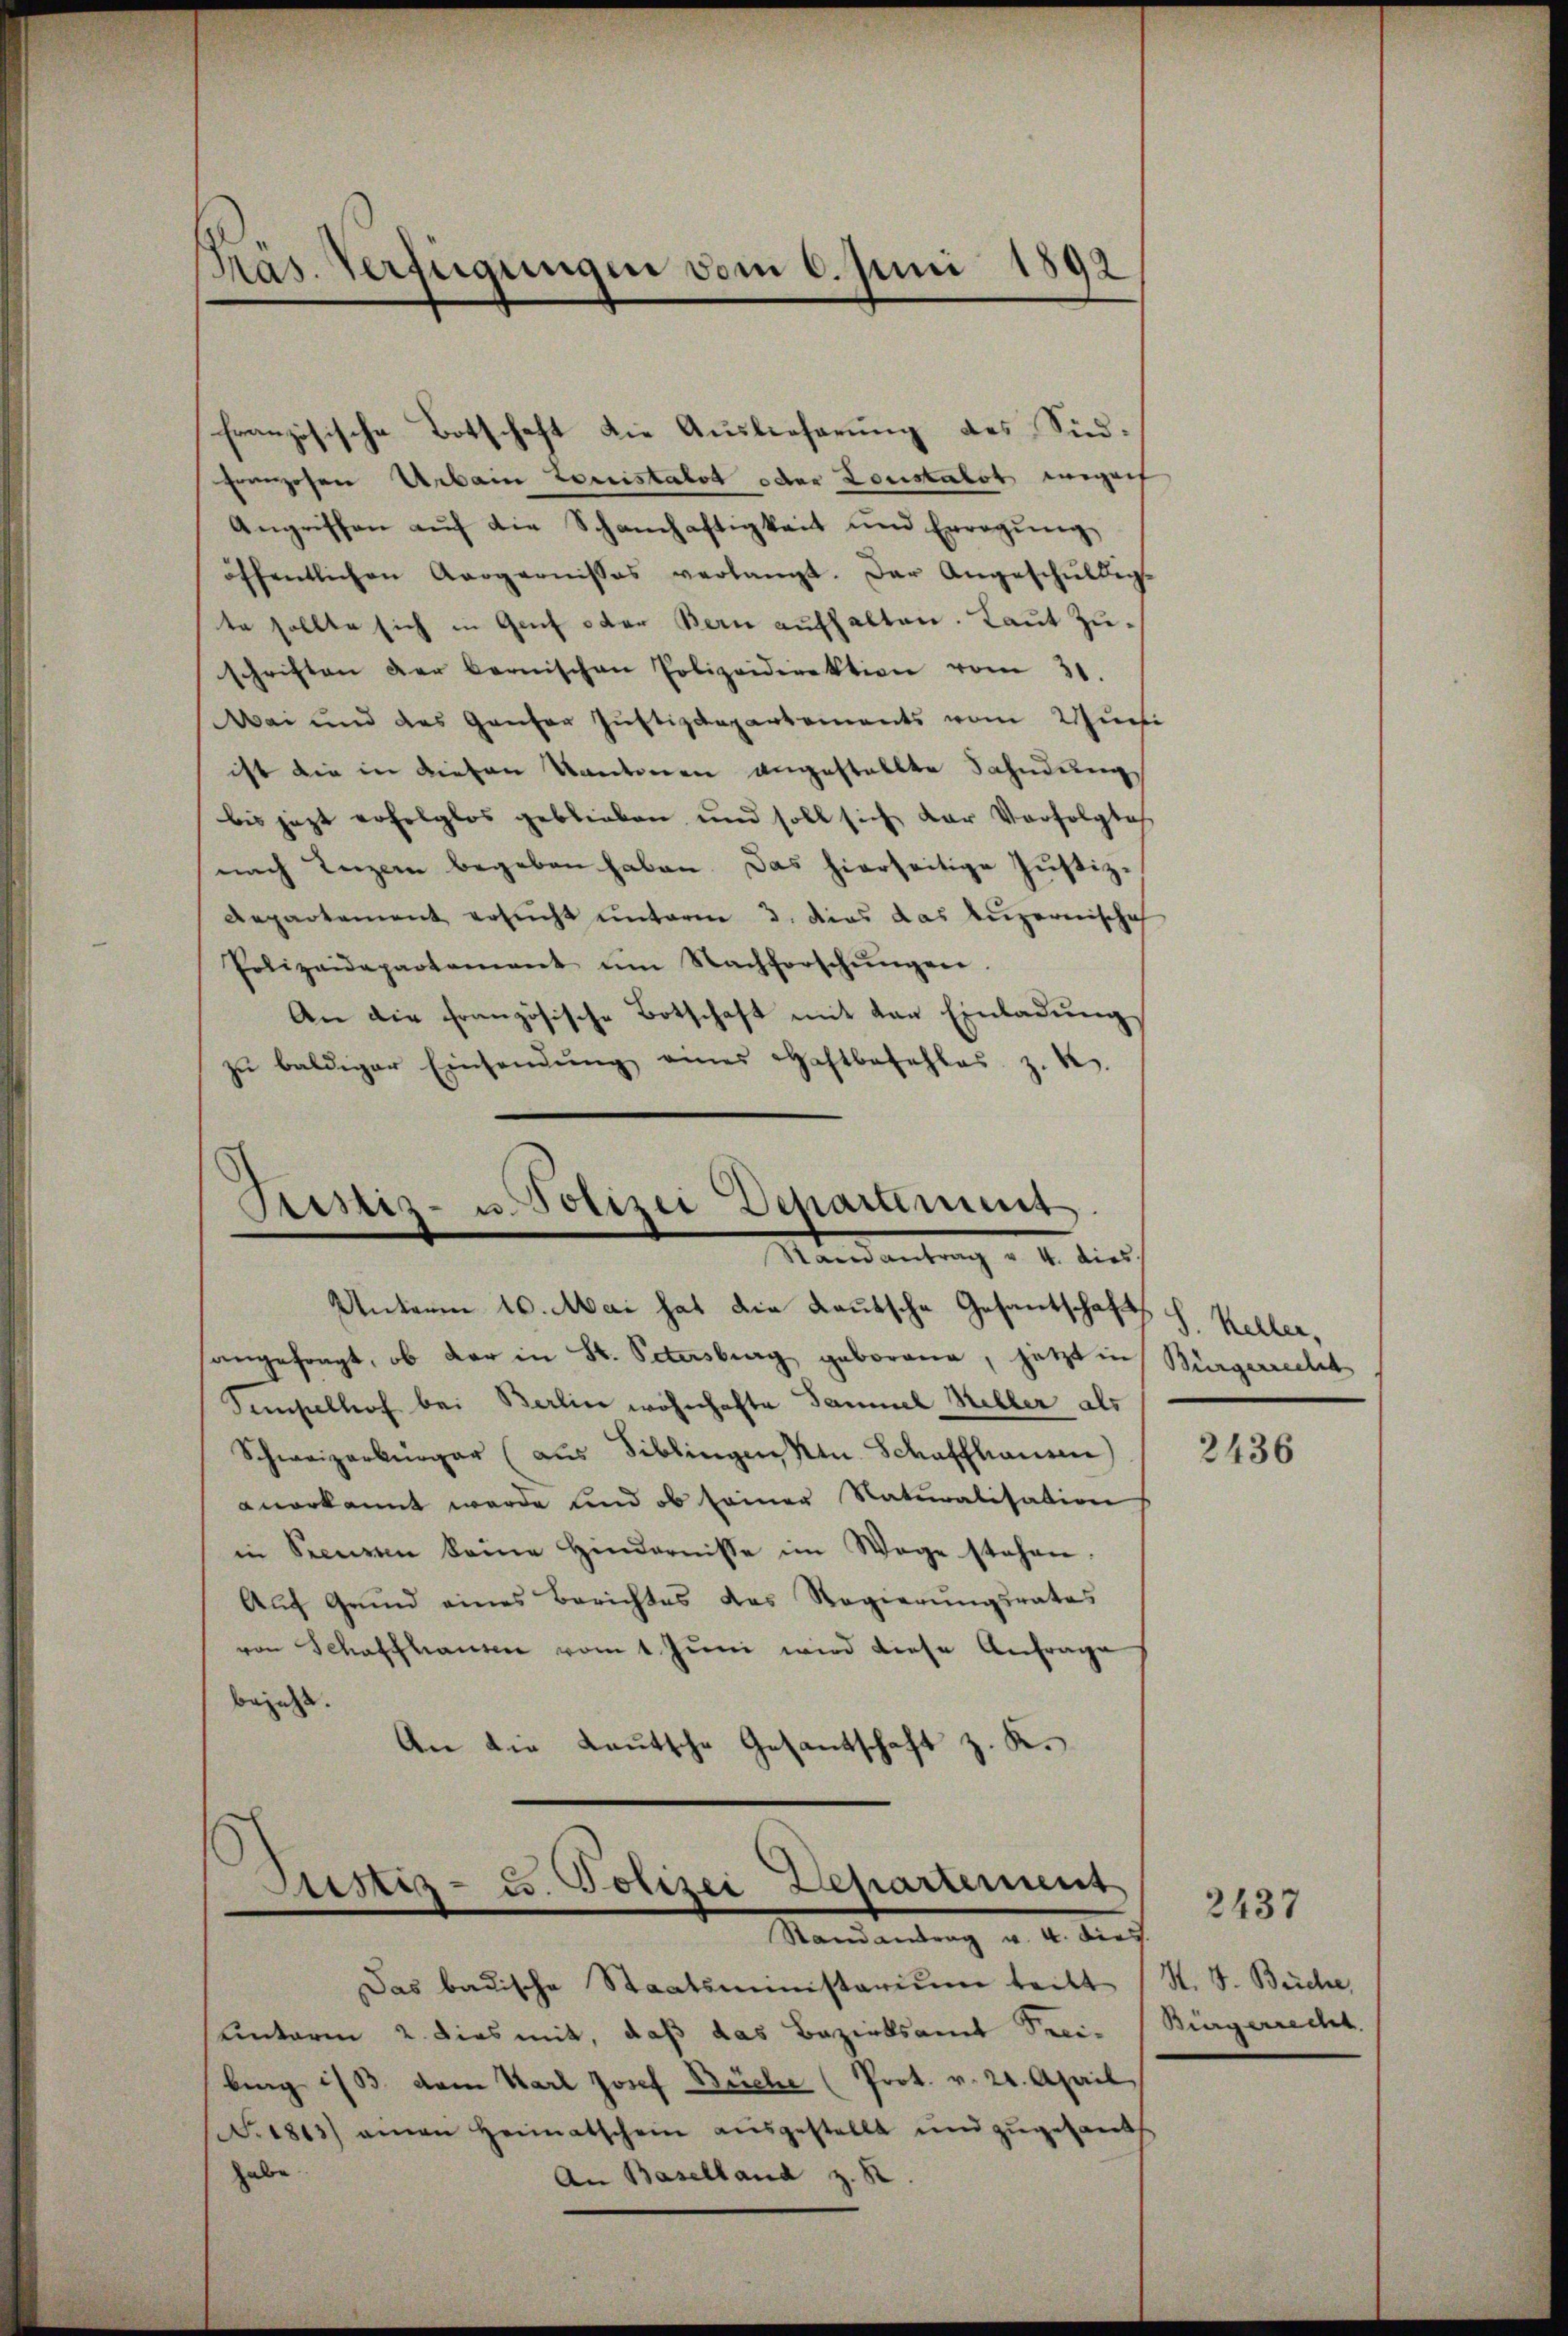
Präs. Verfügungen vom 6. Juni 1892

französische Botschaft die Auslieferung des Südfranzosen Urbain Louistalt oder Louistalt wegech
Angriffen auf die Schanhaftigkeit und Erregung,
öffentlichen Aargarnisses verlangt. Der Angeschŭldigt
te sollte sich in Genf oder Bern aufhalten. Laut Zuschriften der bernischen Polizeidirektion vom 31.
ei und das Ganter Justizdepartements vom Wuchi
ist die in diesen Kantonen angestellte Fahndung
bis jezt erfolglos geblieben, und soll sich der Verfolgtes
nach Lenzen begeben haben. Das hierseitige Justiz¬
Repartement ersucht unterm 3. dies das Luzernischeh
Polizeidepartement im Nachforschŭngen.
An die Französische Botschaft mit den Einladung
zŭ baldiger Einsendŭng eines Haftbefehles z. B.

Testiz- u. Polizei Departiment.
Stainantrag v. 4. dies

Unterm 10. Mai hat die Kautsche Gesantschafts h. Keller,
angefragt, ob der in St. Petersburg geborene, jetzt in Bürgerrecht
Sempellos bei Berlin wohnhafte Samuel Keller als
Schweizerbürger (aus Biblingen Ktn. Schaffhausen)
anerkannt werde und ob seiner Naturalisation
in Seeren keine Hindernisse im Wege stehen.
Auf Grund eines Berichtes des Regierŭngsrates
von Schaffhausen vom 1. Juni wird diese Anfrage,
bezuge. |
An die Lautsche Gesantschaft z. K.

.
Sistiz- u. Polizei Departement
Randantrag v. 4. dies

Das badische Staatsministerium tritt
sunterin 2. dies mit, daß das Bezirksamt Sreibing ist dem Karl Josef Büche (Prot. v. 24. April
.1883) einen Heimatschein ausgestellt und zugesandte
habe.
An Baselland z. R.

2436

2437
H. V. Beiche
Bürgerrecht.